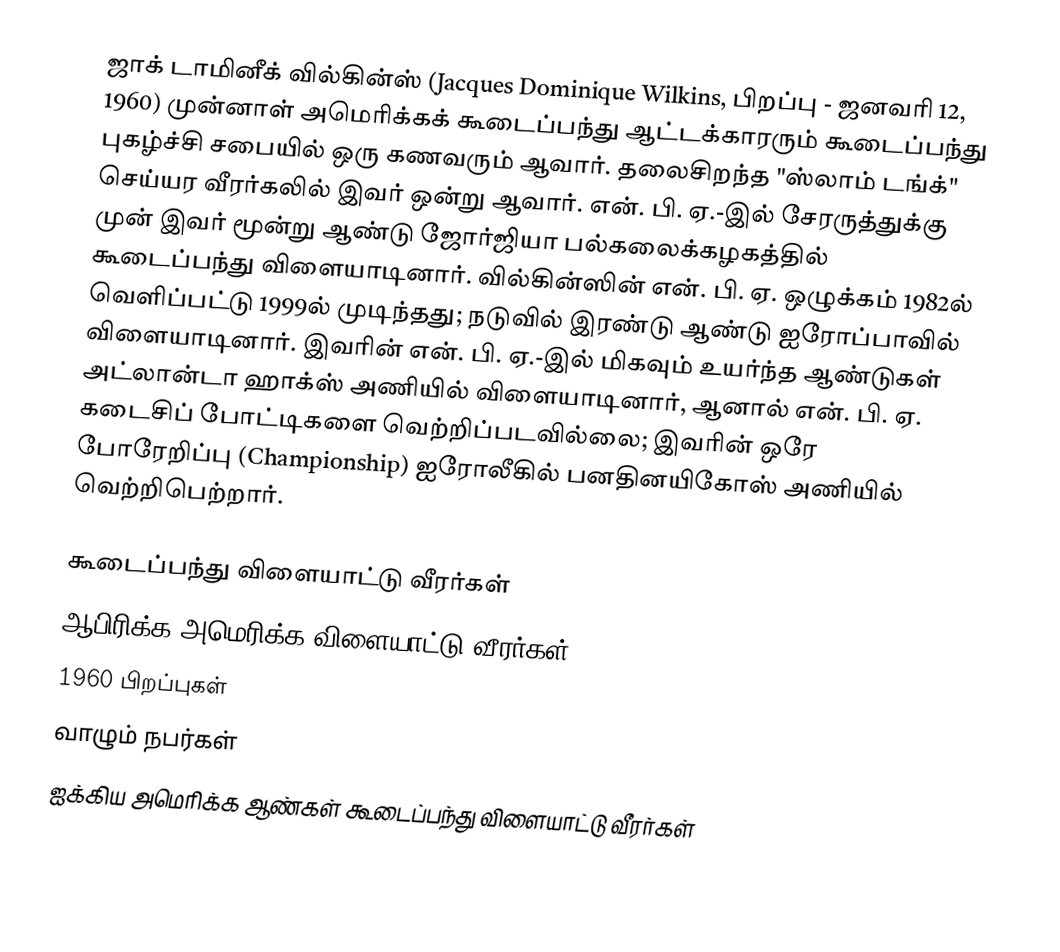
ஜாக் டாமினீக் வில்கின்ஸ் (Jacques Dominique Wilkins, பிறப்பு - ஜனவரி 12, 1960) முன்னாள் அமெரிக்கக் கூடைப்பந்து ஆட்டக்காரரும் கூடைப்பந்து புகழ்ச்சி சபையில் ஒரு கணவரும் ஆவார். தலைசிறந்த "ஸ்லாம் டங்க்" செய்யர வீரர்கலில் இவர் ஒன்று ஆவார். என். பி. ஏ.-இல் சேரருத்துக்கு முன் இவர் மூன்று ஆண்டு ஜோர்ஜியா பல்கலைக்கழகத்தில் கூடைப்பந்து விளையாடினார். வில்கின்ஸின் என். பி. ஏ. ஒழுக்கம் 1982ல் வெளிப்பட்டு 1999ல் முடிந்தது; நடுவில் இரண்டு ஆண்டு ஐரோப்பாவில் விளையாடினார். இவரின் என். பி. ஏ.-இல் மிகவும் உயர்ந்த ஆண்டுகள் அட்லான்டா ஹாக்ஸ் அணியில் விளையாடினார், ஆனால் என். பி. ஏ. கடைசிப் போட்டிகளை வெற்றிப்படவில்லை; இவரின் ஒரே போரேறிப்பு (Championship) ஐரோலீகில் பனதினயிகோஸ் அணியில் வெற்றிபெற்றார்.

கூடைப்பந்து விளையாட்டு வீரர்கள்
ஆபிரிக்க அமெரிக்க விளையாட்டு வீரர்கள்
1960 பிறப்புகள்
வாழும் நபர்கள்
ஐக்கிய அமெரிக்க ஆண்கள் கூடைப்பந்து விளையாட்டு வீரர்கள்